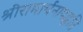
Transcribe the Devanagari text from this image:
श्रीरामार्चनापद्धति